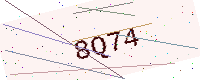
Text: 8Q74